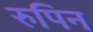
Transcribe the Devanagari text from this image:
रुपिन